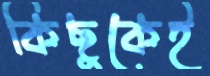
কিছুকেই